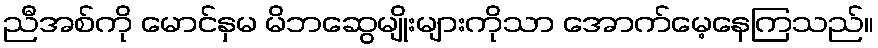
ညီအစ်ကို မောင်နှမ မိဘဆွေမျိုးများကိုသာ အောက်မေ့နေကြသည်။